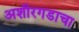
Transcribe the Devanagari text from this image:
अशीरगडाचा